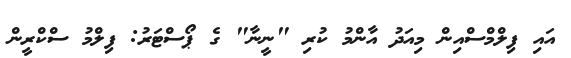
އައި ފިލްމްސްއިން މިއަދު އާންމު ކުރި "ނީނާ" ގެ ޕޯސްޓަރު: ފިލްމު ސްކްރީން